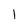
Character: l